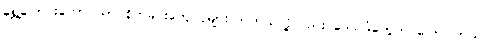
ရွှေ့ပြောင်းတောင်ယာ စိုက်ခင်းတွေ ပိုများလာတယ်လို့လည်း ဒေသခံတွေက ပြောပါတယ်။